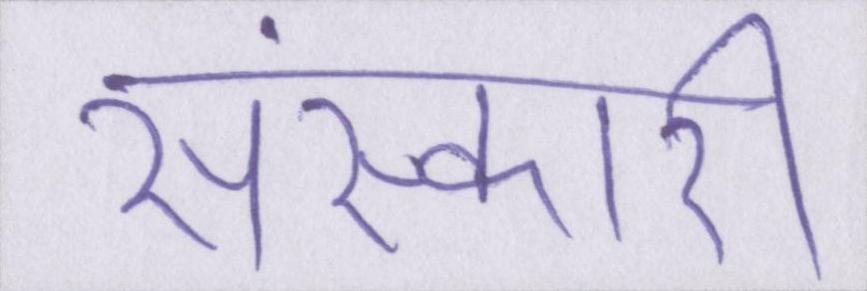
संस्कारी